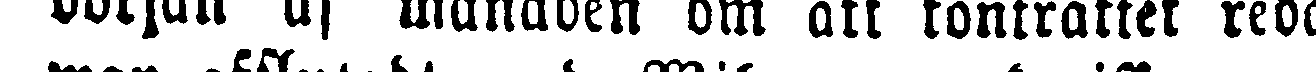
början af månaden om att kontraktet redan